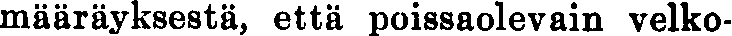
määräyksestä, että poissaolevain velko-